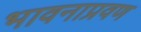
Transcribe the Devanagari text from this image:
भावनाप्रवण